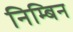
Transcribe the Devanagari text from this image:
निम्बिन